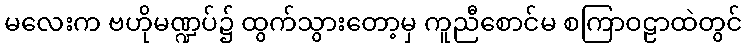
မလေးက ဗဟိုမဏ္ဍပ်၌ ထွက်သွားတော့မှ ကူညီစောင်မ စကြာဝဠာထဲတွင်